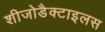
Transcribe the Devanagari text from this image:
शीजोडैक्टाइलस